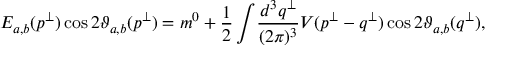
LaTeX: E _ { a , b } ( p ^ { \bot } ) \cos 2 \vartheta _ { a , b } ( p ^ { \bot } ) = m ^ { 0 } + \displaystyle { \frac { 1 } { 2 } \int } \frac { d ^ { 3 } q ^ { \bot } } { ( 2 \pi ) ^ { 3 } } V ( p ^ { \bot } - q ^ { \bot } ) \cos 2 \vartheta _ { a , b } ( q ^ { \bot } ) ,